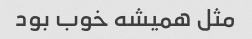
مثل همیشه خوب بود